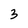
Character: 3